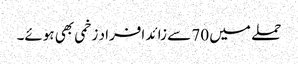
حملے میں 70 سے زائد افراد زخمی بھی ہوئے۔